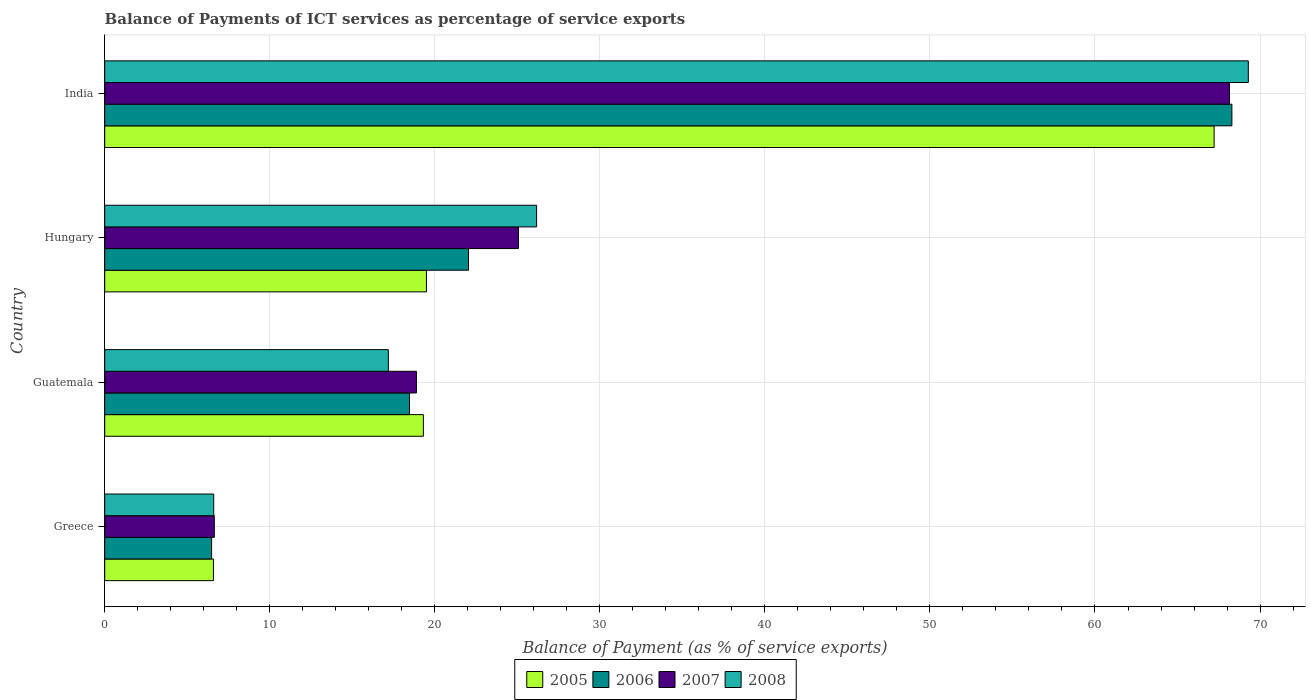
| Country | 2005 | 2006 | 2007 | 2008 |
 | --- | --- | --- | --- | --- |
 | Greece | 6.59 | 6.48 | 6.64 | 6.6 |
 | Guatemala | 19.3 | 18.5 | 18.9 | 17.2 |
 | Hungary | 19.5 | 22 | 25.1 | 26.2 |
 | India | 67.2 | 68.3 | 68.1 | 69.3 |